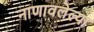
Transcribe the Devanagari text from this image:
नाणावलेल्या